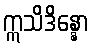
ဣသိဒိန္နော